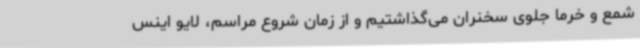
شمع و خرما جلوی سخنران می‌گذاشتیم و از زمان شروع مراسم، لایو اینس